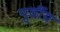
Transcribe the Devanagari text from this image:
पुर्वीय